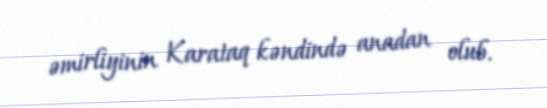
əmirliyinin Karataq kəndində anadan olub.